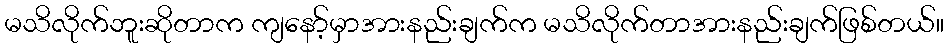
မသိလိုက်ဘူးဆိုတာက ကျနော့်မှာအားနည်းချက်က မသိလိုက်တာအားနည်းချက်ဖြစ်တယ်။